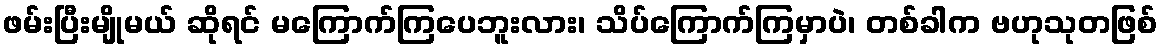
ဖမ်းပြီးမျိုမယ် ဆိုရင် မကြောက်ကြပေဘူးလား၊ သိပ်ကြောက်ကြမှာပဲ၊ တစ်ခါက ဗဟုသုတဖြစ်